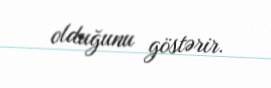
olduğunu göstərir.